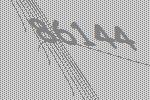
86144